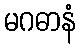
မဂဓာနံ